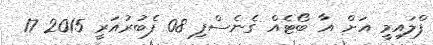
ފްލައިމީ އަށް އާ ބޯޓެއް ގެނެސްފި 08 ފެބުރުއަރީ 2015 17